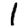
Digit: 1